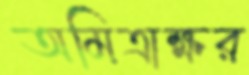
অমিত্রাক্ষর